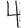
Digit: 4